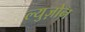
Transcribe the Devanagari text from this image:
ल्युज़ोन